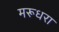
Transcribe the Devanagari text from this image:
मरूधरा